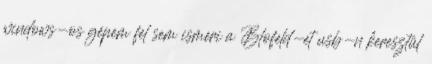
windows-os gépem fel sem ismeri a Blofeld-et usb-n keresztül